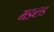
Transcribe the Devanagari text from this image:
मडब्लड